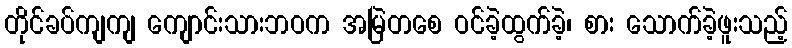
တိုင်ခပ်ကျကျ ကျောင်းသားဘဝက အမြဲတစေ ဝင်ခဲ့ထွက်ခဲ့၊ စား သောက်ခဲ့ဖူးသည့်